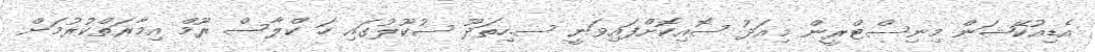
އެޑިއުކޭޝަން މިނިސްޓްރީން މިއަދު ސޮއިކޮށްފައިވަނީ ސ.ހިތަދޫ ސުކޫލުގައި ހަ ކްލާސް ރޫމް އިމާރަތްކުރުމަށް